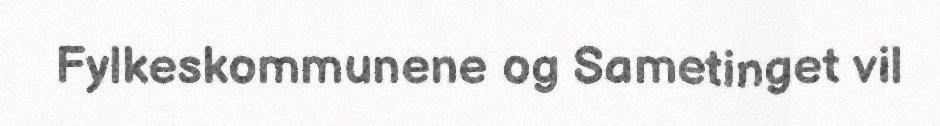
Fylkeskommunene og Sametinget vil